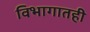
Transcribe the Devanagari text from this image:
विभागातही